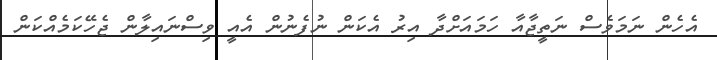
އެހެން ނަމަވެސް ނަތީޖާއާ ހަމައަށްދާ އިރު އެކަން ނުފެނުން އެއީ ވިސްނައިލާން ޖެހޭކަމެއްކަން